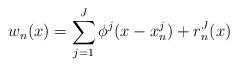
LaTeX: \begin{align*} w_n(x)=\sum_{j=1}^J \phi^j(x-x_n^j)+r^J_n(x) \end{align*}